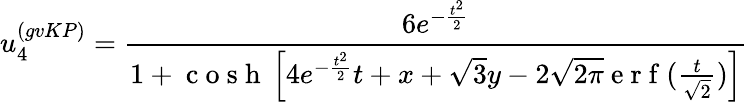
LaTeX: u_{4}^{(gvKP)}=\frac{6e^{-\frac{t^{2}}{2}}}{1+\mathrm{~c~o~s~h~}\left[4e^{-\frac{t^{2}}{2}}t+x+\sqrt{3}y-2\sqrt{2\pi}\mathrm{~e~r~f~}(\frac{t}{\sqrt{2}})\right]}